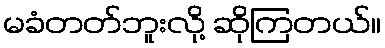
မခံတတ်ဘူးလို့ ဆိုကြတယ်။